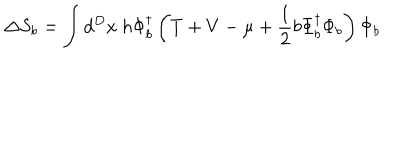
LaTeX: \Delta S _ { b } = \int d ^ { D } x ~ h \Phi _ { b } ^ { \dagger } \left( T + V - \mu + \frac { 1 } { 2 } b \Phi _ { b } ^ { \dagger } \Phi _ { b } \right) \Phi _ { b }